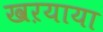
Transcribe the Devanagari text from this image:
खऱयाया